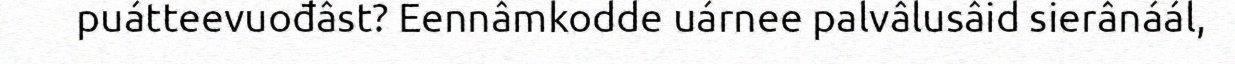
puátteevuođâst? Eennâmkodde uárnee palvâlusâid sierânáál,